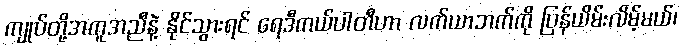
ကျုပ်တို့အကူအညီနဲ့ နိုင်သွားရင် ရေဒီကယ်ပါတီဟာ လက်ယာဘက်ကို ပြန်ယိမ်းလိမ့်မယ်၊